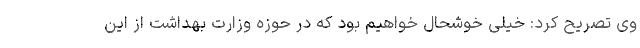
وی تصریح كرد: خیلی خوشحال خواهیم بود كه در حوزه وزارت بهداشت از این